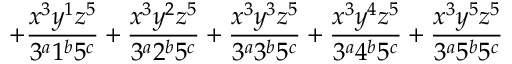
+ \frac { x ^ { 3 } y ^ { 1 } z ^ { 5 } } { 3 ^ { a } 1 ^ { b } 5 ^ { c } } + \frac { x ^ { 3 } y ^ { 2 } z ^ { 5 } } { 3 ^ { a } 2 ^ { b } 5 ^ { c } } + \frac { x ^ { 3 } y ^ { 3 } z ^ { 5 } } { 3 ^ { a } 3 ^ { b } 5 ^ { c } } + \frac { x ^ { 3 } y ^ { 4 } z ^ { 5 } } { 3 ^ { a } 4 ^ { b } 5 ^ { c } } + \frac { x ^ { 3 } y ^ { 5 } z ^ { 5 } } { 3 ^ { a } 5 ^ { b } 5 ^ { c } }